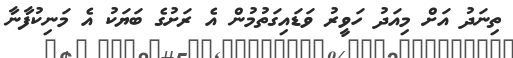
ތިނަދު އަށް މިއަދު ހަވީރު ވަޑައިގަތުމުން އެ ރަށުގެ ބަޔަކު އެ މަނިކުފާނާ